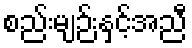
စည်းမျဉ်းနှင့်အညီ